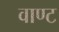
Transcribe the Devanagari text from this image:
वाण्ट